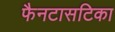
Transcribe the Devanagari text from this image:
फैनटासटिका